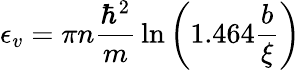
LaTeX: \epsilon_{v}=\pi n{\frac{\hbar^{2}}{m}}\ln\left(1.464{\frac{b}{\xi}}\right)